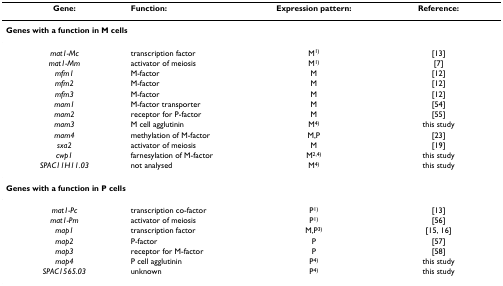
<table><thead><tr><td><b>Gene:</b></td><td><b>Function:</b></td><td><b>Expression pattern:</b></td><td><b>Reference:</b></td></tr></thead><tbody><tr><td colspan="4"><b>Genes with a function in M cells</b></td></tr><tr><td><i>mat1-Mc</i></td><td>transcription factor</td><td>M<sup>1)</sup></td><td>[13]</td></tr><tr><td><i>mat1-Mm</i></td><td>activator of meiosis</td><td>M<sup>1)</sup></td><td>[7]</td></tr><tr><td><i>mfm1</i></td><td>M-factor</td><td>M</td><td>[12]</td></tr><tr><td><i>mfm2</i></td><td>M-factor</td><td>M</td><td>[12]</td></tr><tr><td><i>mfm3</i></td><td>M-factor</td><td>M</td><td>[12]</td></tr><tr><td><i>mam1</i></td><td>M-factor transporter</td><td>M</td><td>[54]</td></tr><tr><td><i>mam2</i></td><td>receptor for P-factor</td><td>M</td><td>[55]</td></tr><tr><td><i>mam3</i></td><td>M cell agglutinin</td><td>M<sup>4)</sup></td><td>this study</td></tr><tr><td><i>mam4</i></td><td>methylation of M-factor</td><td>M,P</td><td>[23]</td></tr><tr><td><i>sxa2</i></td><td>activator of meiosis</td><td>M</td><td>[19]</td></tr><tr><td><i>cwp1</i></td><td>farnesylation of M-factor</td><td>M<sup>2,4)</sup></td><td>this study</td></tr><tr><td><i>SPAC11H11.03</i></td><td>not analysed</td><td>M<sup>4)</sup></td><td>this study</td></tr><tr><td colspan="4"><b>Genes with a function in P cells</b></td></tr><tr><td><i>mat1-Pc</i></td><td>transcription co-factor</td><td>P<sup>1)</sup></td><td>[13]</td></tr><tr><td><i>mat1-Pm</i></td><td>activator of meiosis</td><td>P<sup>1)</sup></td><td>[56]</td></tr><tr><td><i>map1</i></td><td>transcription factor</td><td>M,P<sup>3)</sup></td><td>[15, 16]</td></tr><tr><td><i>map2</i></td><td>P-factor</td><td>P</td><td>[57]</td></tr><tr><td><i>map3</i></td><td>receptor for M-factor</td><td>P</td><td>[58]</td></tr><tr><td><i>map4</i></td><td>P cell agglutinin</td><td>P<sup>4)</sup></td><td>this study</td></tr><tr><td><i>SPAC1565.03</i></td><td>unknown</td><td>P<sup>4)</sup></td><td>this study</td></tr></tbody></table>